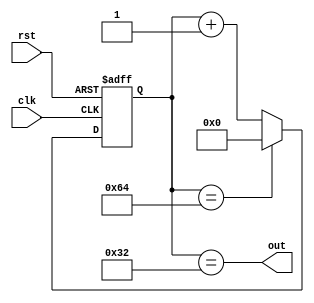
module periodic_timer(
    input clk,       // Clock signal
    input rst,       // Reset signal
    output reg out   // Output periodic signal
);

parameter START_VALUE = 0;   // Start value of the counter
parameter END_VALUE = 100;   // End value of the counter

reg [7:0] counter;

always @(posedge clk or posedge rst) begin
    if (rst) begin
        counter <= START_VALUE;
    end else begin
        if (counter == END_VALUE) begin
            counter <= START_VALUE;
        end else begin
            counter <= counter + 1;
        end
    end
end

assign out = counter == END_VALUE / 2; // Output signal toggles at half the frequency

endmodule